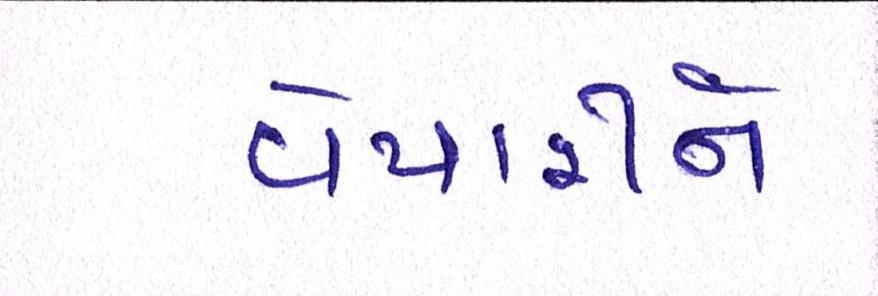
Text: વેપારીને